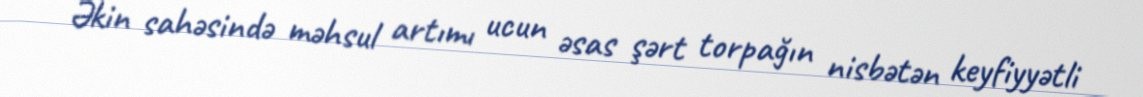
Əkin sahəsində məhsul artımı ucun əsas şərt torpağın nisbətən keyfiyyətli